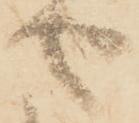
せ